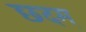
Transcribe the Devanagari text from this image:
छदम्